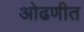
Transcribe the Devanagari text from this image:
ओढणीत